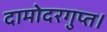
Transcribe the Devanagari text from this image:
दामोदरगुप्त।